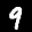
Digit: 9